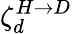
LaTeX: \zeta_{d}^{H\rightarrow D}